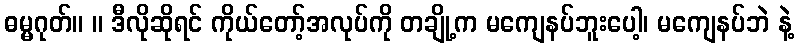
ဓမ္မဂုတ်။ ။ ဒီလိုဆိုရင် ကိုယ်တော့်အလုပ်ကို တချို့က မကျေနပ်ဘူးပေါ့၊ မကျေနပ်ဘဲ နဲ့